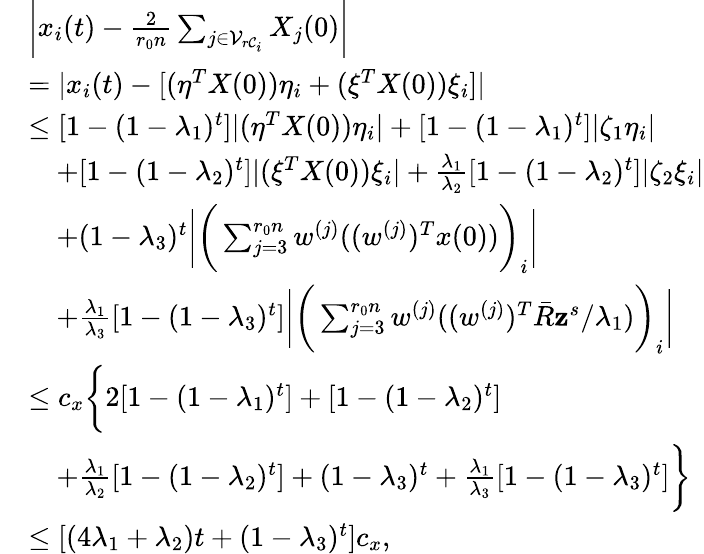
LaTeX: \begin{array}{rl}&{\bigg|x_{i}(t)-\frac{2}{r_{0}n}\sum_{j\in\mathcal{V}_{r\mathcal{C}_{i}}}X_{j}(0)\bigg|}\\ &{=|x_{i}(t)-[(\eta^{T}X(0))\eta_{i}+(\xi^{T}X(0))\xi_{i}]|}\\ &{\le[1-(1-\lambda_{1})^{t}]|(\eta^{T}X(0))\eta_{i}|+[1-(1-\lambda_{1})^{t}]|\zeta_{1}\eta_{i}|}\\ &{\quad+[1-(1-\lambda_{2})^{t}]|(\xi^{T}X(0))\xi_{i}|+\frac{\lambda_{1}}{\lambda_{2}}[1-(1-\lambda_{2})^{t}]|\zeta_{2}\xi_{i}|}\\ &{\quad+(1-\lambda_{3})^{t}\bigg|\bigg(\sum_{j=3}^{r_{0}n}w^{(j)}((w^{(j)})^{T}x(0))\bigg)_{i}\bigg|}\\ &{\quad+\frac{\lambda_{1}}{\lambda_{3}}[1-(1-\lambda_{3})^{t}]\bigg|\bigg(\sum_{j=3}^{r_{0}n}w^{(j)}((w^{(j)})^{T}\bar{R}\mathbf{z}^{s}/\lambda_{1})\bigg)_{i}\bigg|}\\ &{\le c_{x}\bigg\{ 2[1-(1-\lambda_{1})^{t}]+[1-(1-\lambda_{2})^{t}]}\\ &{\quad+\frac{\lambda_{1}}{\lambda_{2}}[1-(1-\lambda_{2})^{t}]+(1-\lambda_{3})^{t}+\frac{\lambda_{1}}{\lambda_{3}}[1-(1-\lambda_{3})^{t}]\bigg\} }\\ &{\le[(4\lambda_{1}+\lambda_{2})t+(1-\lambda_{3})^{t}]c_{x},}\end{array}